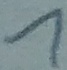
Text: 1